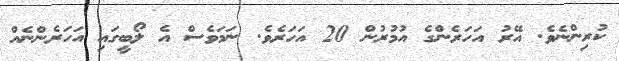
ކުރިންނެވެ. އޭރު އަހަރެންގެ އުމުރުން 20 އަހަރެވެ. ނަމަވެސް އެ ލޯބީގައި އަހަރެންނެއް